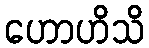
ဟောဟိသိ